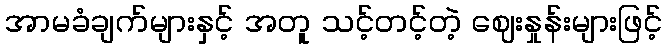
အာမခံချက်များနှင့် အတူ သင့်တင့်တဲ့ ဈေးနှုန်းများဖြင့်